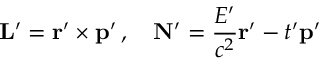
\mathbf { L } ^ { \prime } = \mathbf { r } ^ { \prime } \times \mathbf { p } ^ { \prime } \, , \quad \mathbf { N } ^ { \prime } = { \frac { E ^ { \prime } } { c ^ { 2 } } } \mathbf { r } ^ { \prime } - t ^ { \prime } \mathbf { p } ^ { \prime }